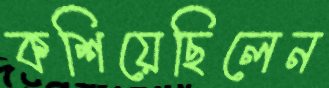
কশিয়েছিলেন